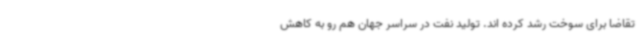
تقاضا برای سوخت رشد کرده اند. تولید نفت در سراسر جهان هم رو به کاهش